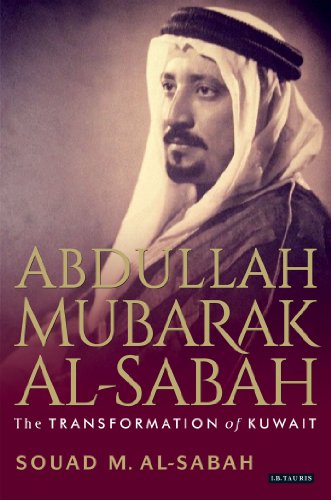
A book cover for Abdullah Mubarak Al-Sabah: The Transformation of Kuwait; Souad Al-Sabah; History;